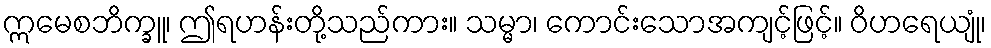
ဣမေစဘိက္ခူ၊ ဤရဟန်းတို့သည်ကား။ သမ္မာ၊ ကောင်းသောအကျင့်ဖြင့်။ ဝိဟရေယျုံ၊